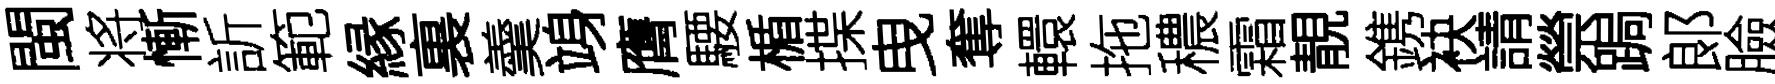
閩将慚訢範縁裏羹竧膺騕楯揲曳奪轘拖穠霜靚鎸袂請禜跼郞臉